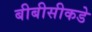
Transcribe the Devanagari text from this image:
बीबीसीकडे